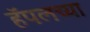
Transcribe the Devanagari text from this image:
हॅपलच्या